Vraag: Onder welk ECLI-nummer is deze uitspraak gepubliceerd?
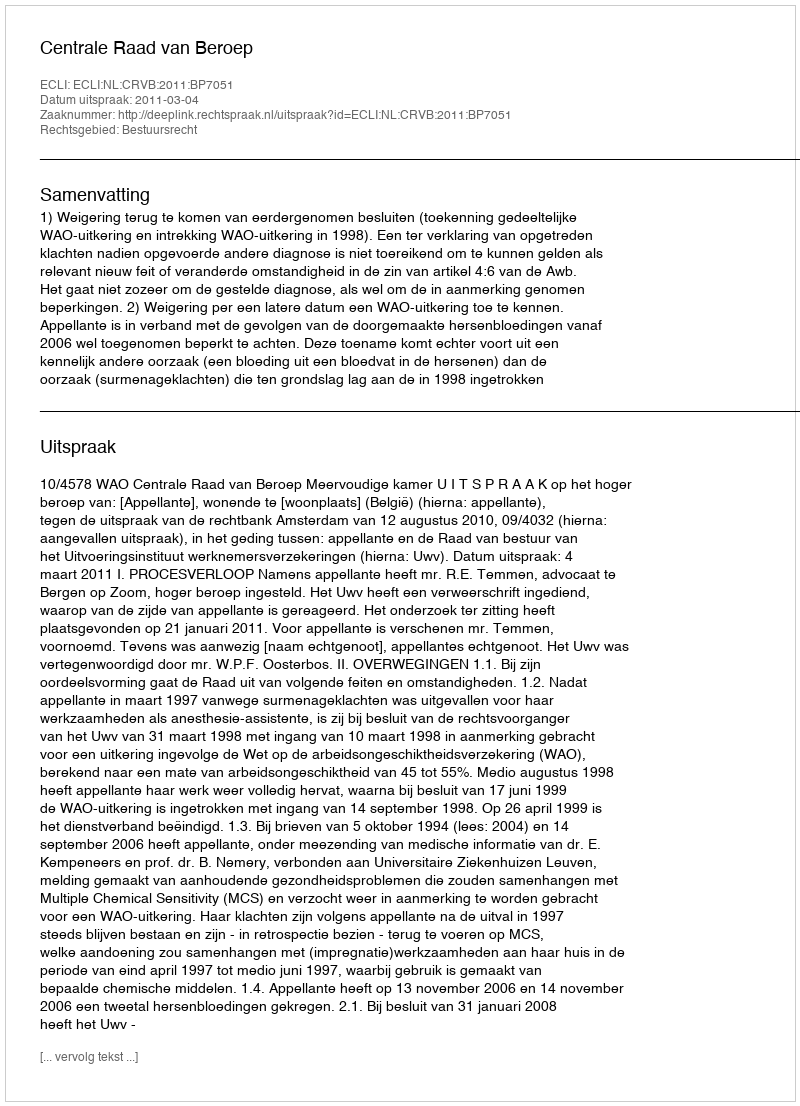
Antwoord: ECLI:NL:CRVB:2011:BP7051